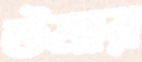
উমার